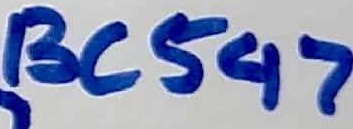
Text: BC547